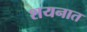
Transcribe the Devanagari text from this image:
शयनात